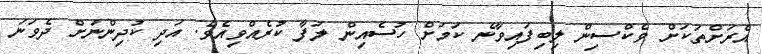
އެރަށްތަކަށް ވެކްސިން ލިބިފައިވާނެ ކަމަށް ހުސެއިން ލަފާ ކުރެއްވިއެވެ. އަދި ކުދިންނަށް ދެވަނަ